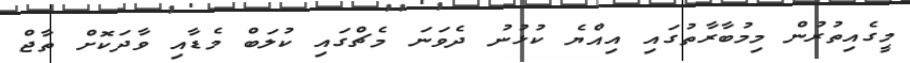
މީގެއިތުރުން މިމުބާރާތުގައި އިއްޔެ ކުޅުނު ދެވަނަ މެޗްގައި ކުލަބް މެޑާއި ވާދަކޮށް ތާޖް